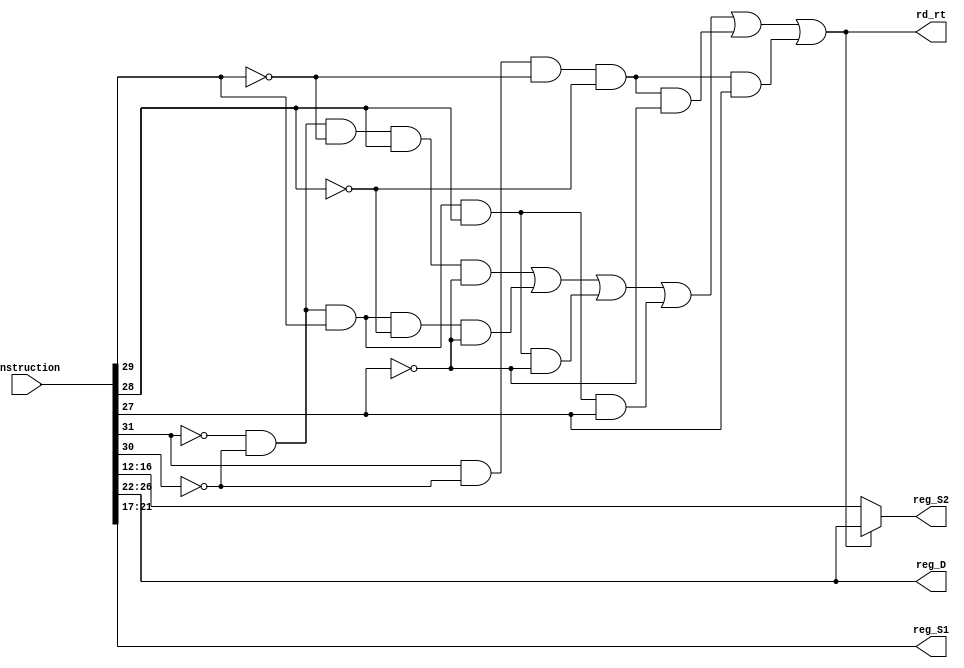
module read_register_decoder(instruction,reg_S1,reg_S2,reg_D,rd_rt);
	input[31:0] instruction;
	output[4:0] reg_S1,reg_S2,reg_D;
	output rd_rt;
	
	//optaining the opcode and putting them in individual wires;
	wire A,B,C,D,E;
	assign A = instruction[31];
	assign B = instruction[30];
	assign C = instruction[29];
	assign D = instruction[28];
	assign E = instruction[27];
	
	//Signal to decide whether s2 should be read from rd(if true) or rt
	wire rd_rt_signal;
	assign rd_rt_signal = (~A&~B&~C&D&~E) | (~A&~B&C&~D&~E) | (~A&~B&C&D&~E) | (~A&~B&C&D&E) | (A&~B&~C&~D&~E) | (A&~B&~C&~D&E); //00010 00100 00110 00111 10000 10001
	assign rd_rt = rd_rt_signal;
	
	assign reg_S1 = instruction[21:17];
	assign reg_S2 = (rd_rt_signal) ? instruction[26:22] : instruction[16:12];
	assign reg_D = instruction[26:22];

endmodule